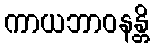
ကာယဘာဝနန္တိ